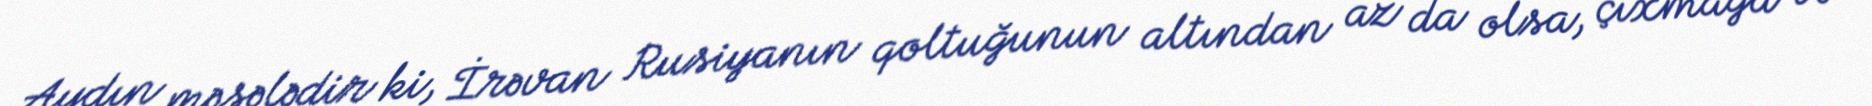
Aydın məsələdir ki, İrəvan Rusiyanın qoltuğunun altından az da olsa, çıxmağa və